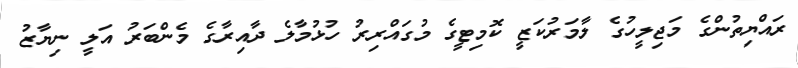
ރައްޔިތުންގެ މަޖިލީހުގެ ލާމަރުކަޒީ ކޮމިޓީގެ މުގައްރިރު ހުޅުމާލެ ދާއިރާގެ މެންބަރު އަލީ ނިޔާޒު